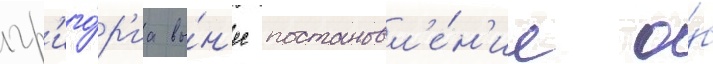
гр'иго́р'иа вы́н'ес постановл'е́н'ие о́б